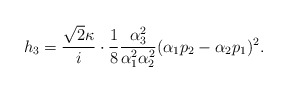
\begin{align*}h_3 = \frac{\sqrt{2} \kappa}{i} \cdot \frac{1}{8} \frac{\alpha_3^{ 2}}{\alpha_1^{ 2} \alpha_2^{ 2} } ( \alpha_1 p_2 - \alpha_2 p_1 )^2 .\end{align*}